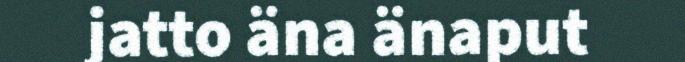
jatto äna änaput